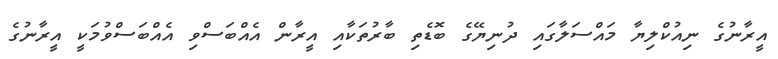
އީރާނުގެ ނިއުކްލިޔާ މައްސަލާގައި ދުނިޔޭގެ ބޮޑެތި ބާރުތަކާއި އީރާން އެއްބަސްވި އެއްބަސްވުމަކީ އީރާނުގެ